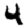
Digit: 4